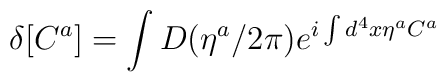
\delta [C^a]=\int D(\eta ^a/2\pi )e^{i\int d^4x\eta ^aC^a}